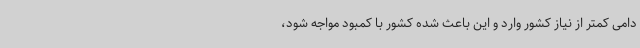
دامی کمتر از نیاز کشور وارد و این باعث شده کشور با کمبود مواجه شود،